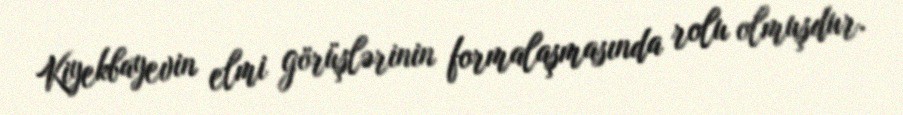
Kiyekbayevin elmi görüşlərinin formalaşmasında rolu olmuşdur.